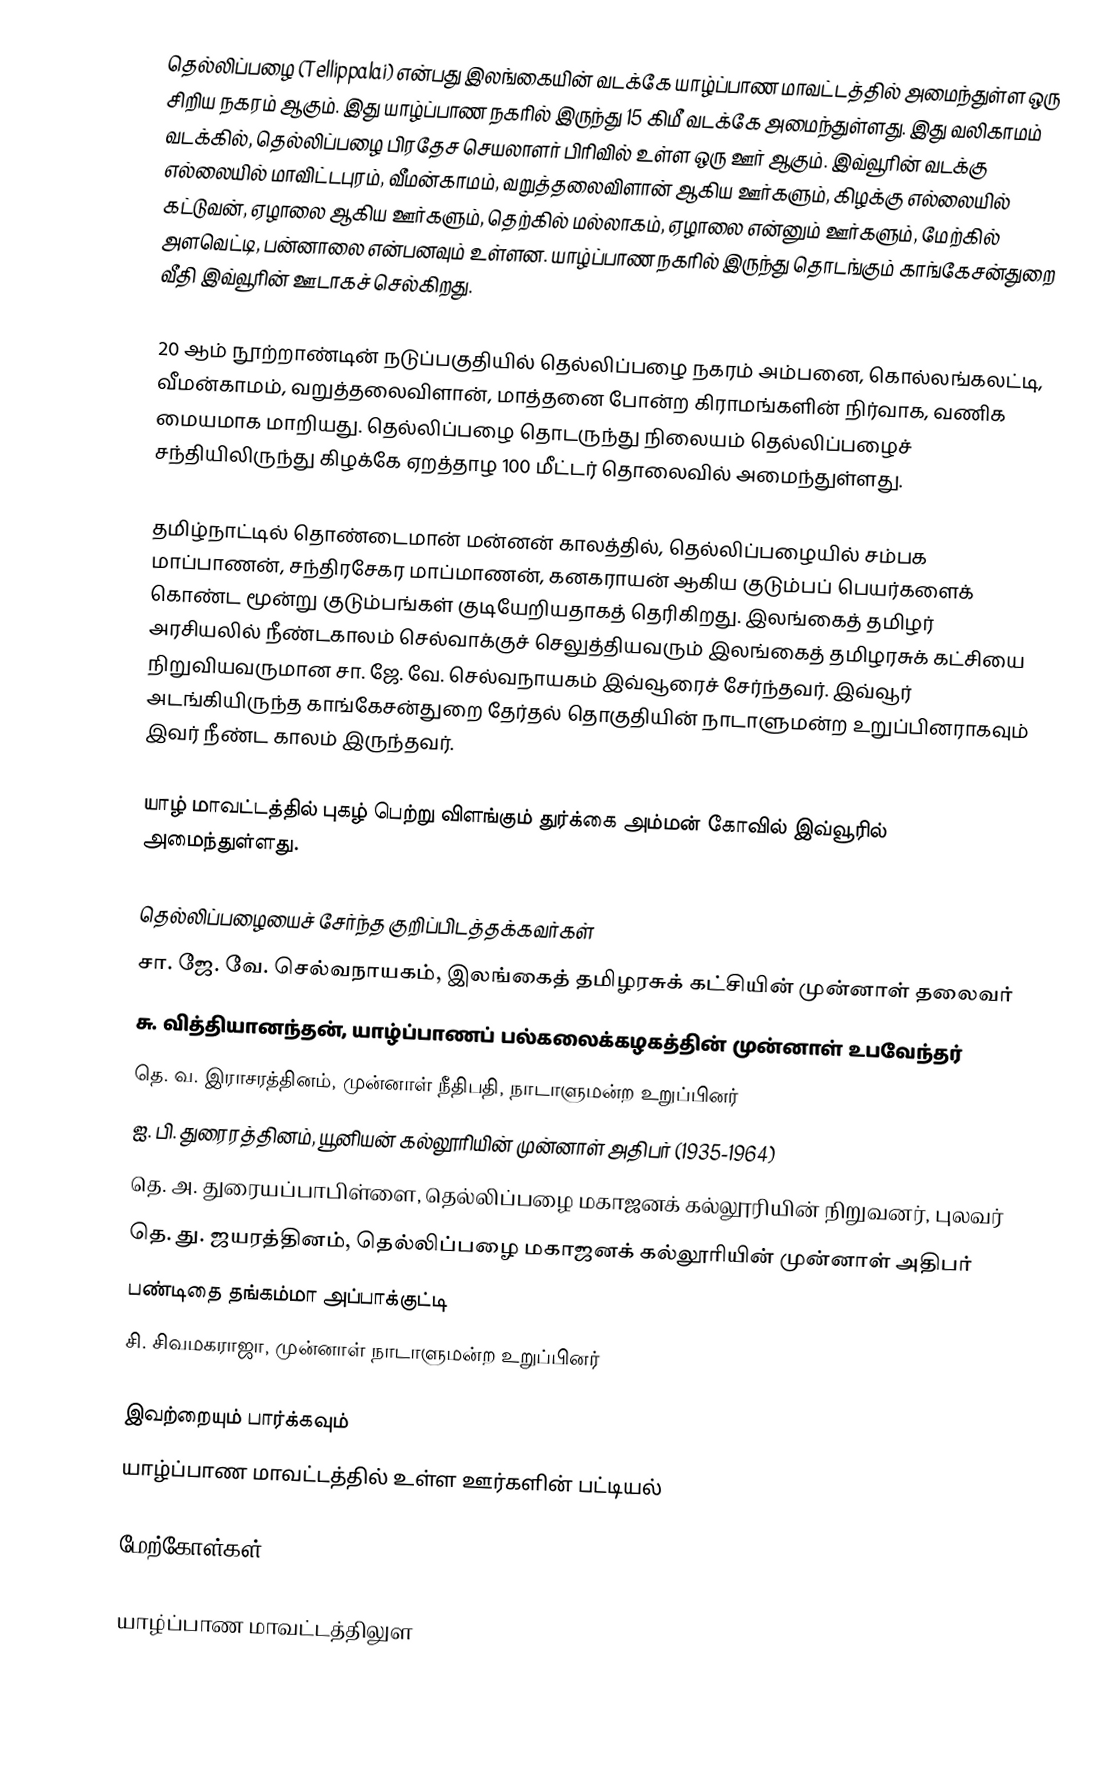
தெல்லிப்பழை (Tellippalai) என்பது இலங்கையின் வடக்கே யாழ்ப்பாண மாவட்டத்தில் அமைந்துள்ள ஒரு சிறிய நகரம் ஆகும். இது யாழ்ப்பாண நகரில் இருந்து 15 கிமீ வடக்கே அமைந்துள்ளது. இது வலிகாமம் வடக்கில், தெல்லிப்பழை பிரதேச செயலாளர் பிரிவில் உள்ள ஒரு ஊர் ஆகும். இவ்வூரின் வடக்கு எல்லையில் மாவிட்டபுரம், வீமன்காமம், வறுத்தலைவிளான் ஆகிய ஊர்களும், கிழக்கு எல்லையில் கட்டுவன், ஏழாலை ஆகிய ஊர்களும், தெற்கில் மல்லாகம், ஏழாலை என்னும் ஊர்களும், மேற்கில் அளவெட்டி, பன்னாலை என்பனவும் உள்ளன. யாழ்ப்பாண நகரில் இருந்து தொடங்கும் காங்கேசன்துறை வீதி இவ்வூரின் ஊடாகச் செல்கிறது.

20 ஆம் நூற்றாண்டின் நடுப்பகுதியில் தெல்லிப்பழை நகரம் அம்பனை, கொல்லங்கலட்டி, வீமன்காமம், வறுத்தலைவிளான், மாத்தனை போன்ற கிராமங்களின் நிர்வாக, வணிக மையமாக மாறியது. தெல்லிப்பழை தொடருந்து நிலையம் தெல்லிப்பழைச் சந்தியிலிருந்து கிழக்கே ஏறத்தாழ 100 மீட்டர் தொலைவில் அமைந்துள்ளது.

தமிழ்நாட்டில் தொண்டைமான் மன்னன் காலத்தில், தெல்லிப்பழையில் சம்பக மாப்பாணன், சந்திரசேகர மாப்மாணன், கனகராயன் ஆகிய குடும்பப் பெயர்களைக் கொண்ட மூன்று குடும்பங்கள் குடியேறியதாகத் தெரிகிறது. இலங்கைத் தமிழர் அரசியலில் நீண்டகாலம் செல்வாக்குச் செலுத்தியவரும் இலங்கைத் தமிழரசுக் கட்சியை நிறுவியவருமான சா. ஜே. வே. செல்வநாயகம் இவ்வூரைச் சேர்ந்தவர். இவ்வூர் அடங்கியிருந்த காங்கேசன்துறை தேர்தல் தொகுதியின் நாடாளுமன்ற உறுப்பினராகவும் இவர் நீண்ட காலம் இருந்தவர்.

யாழ் மாவட்டத்தில் புகழ் பெற்று விளங்கும் துர்க்கை அம்மன் கோவில் இவ்வூரில் அமைந்துள்ளது.

தெல்லிப்பழையைச் சேர்ந்த குறிப்பிடத்தக்கவர்கள்
சா. ஜே. வே. செல்வநாயகம், இலங்கைத் தமிழரசுக் கட்சியின் முன்னாள் தலைவர்
சு. வித்தியானந்தன், யாழ்ப்பாணப் பல்கலைக்கழகத்தின் முன்னாள் உபவேந்தர்
தெ. வ. இராசரத்தினம், முன்னாள் நீதிபதி, நாடாளுமன்ற உறுப்பினர்
ஐ. பி. துரைரத்தினம், யூனியன் கல்லூரியின் முன்னாள் அதிபர் (1935-1964)
தெ. அ. துரையப்பாபிள்ளை, தெல்லிப்பழை மகாஜனக் கல்லூரியின் நிறுவனர், புலவர்
தெ. து. ஜயரத்தினம், தெல்லிப்பழை மகாஜனக் கல்லூரியின் முன்னாள் அதிபர்
பண்டிதை தங்கம்மா அப்பாக்குட்டி
சி. சிவமகராஜா, முன்னாள் நாடாளுமன்ற உறுப்பினர்

இவற்றையும் பார்க்கவும்
 யாழ்ப்பாண மாவட்டத்தில் உள்ள ஊர்களின் பட்டியல்

மேற்கோள்கள்

யாழ்ப்பாண மாவட்டத்திலுள